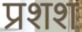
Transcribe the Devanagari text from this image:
प्रशश